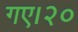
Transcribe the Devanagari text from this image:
गए।२०